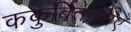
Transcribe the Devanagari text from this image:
ककुर्बितासिए